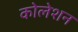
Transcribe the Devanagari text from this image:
कोलेशन